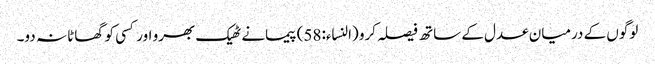
لوگوں کے درمیان عدل کے ساتھ فیصلہ کرو (النساء:58) پیمانے ٹھیک بھرو اور کسی کو گھاٹا نہ دو۔